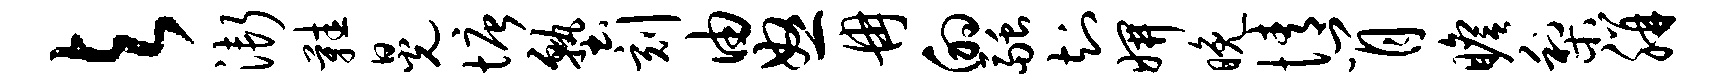
与渐鞋晃塘塾刻由怒冉的融知妍晚情肖瞻梨胼